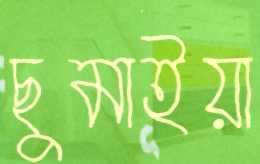
ছুমাইয়া